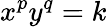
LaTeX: x^{p}y^{q}=k